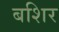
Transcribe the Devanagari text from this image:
बशिर